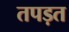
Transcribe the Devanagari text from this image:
तपड़त